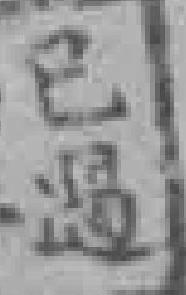
已遇